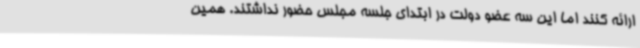
ارائه کنند اما این سه عضو دولت در ابتدای جلسه مجلس حضور نداشتند. همین